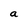
Character: a